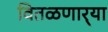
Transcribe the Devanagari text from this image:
वितळणार्‍या